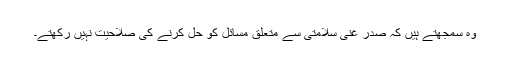
وہ سمجھتے ہیں کہ صدر غنی سلامتی سے متعلق مسائل کو حل کرنے کی صلاحیت نہیں رکھتے۔